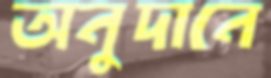
অনুদানে